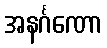
အနင်္ဂဏော